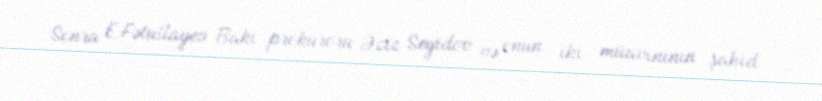
Sonra E.Fətullayev Bakı prokuroru Əziz Seyidov və onun iki müavininin şahid